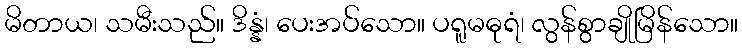
မိတာယ၊ သမီးသည်။ ဒိန္နံ၊ ပေးအပ်သော။ ပရူမဓုရံ၊ လွန်စွာချိုမြိန်သော။